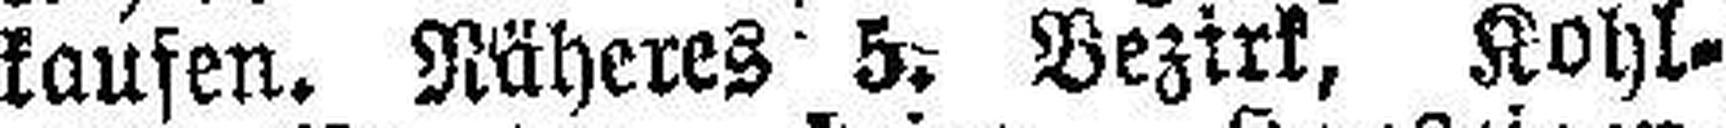
kaufen. Näheres 5. Bezirk, Kohl¬